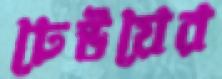
ঢেউয়ের